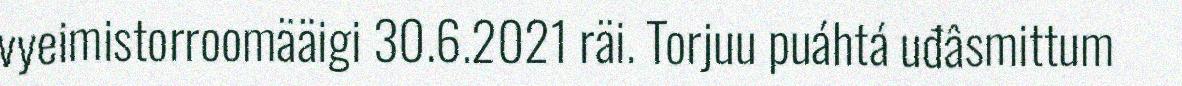
vyeimistorroomääigi 30.6.2021 räi. Torjuu puáhtá uđâsmittum